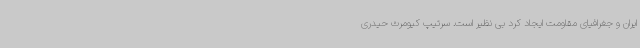
ایران و جغرافیای مقاومت ایجاد کرد بی نظیر است. سرتیپ کیومرث حیدری